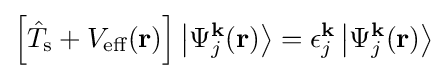
\left[{\hat {T}}_{\text{s}}+V_{\text{eff}}(\mathbf {r} )\right]\left|\Psi _{j}^{\mathbf {k} }(\mathbf {r} )\right\rangle =\epsilon _{j}^{\mathbf {k} }\left|\Psi _{j}^{\mathbf {k} }(\mathbf {r} )\right\rangle